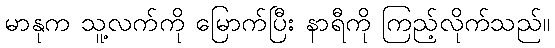
မာနုက သူ့လက်ကို မြောက်ပြီး နာရီကို ကြည့်လိုက်သည်။